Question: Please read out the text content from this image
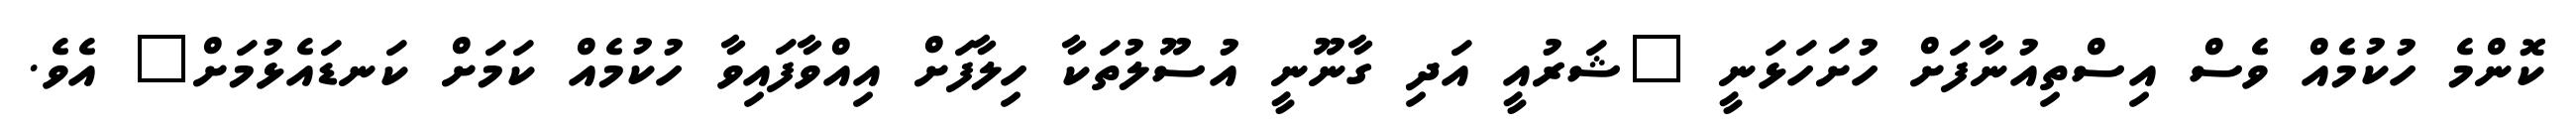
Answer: ކޮންމެ ހުކުމެއް ވެސް އިސްތިއުނާފަށް ހުށަހަޅަނީ "ޝަރުއީ އަދި ގާނޫނީ އުސޫލުތަކާ ހިލާފަށް އިއްވާފައިވާ ހުކުމެއް ކަމަށް ކަނޑައެޅުމަށް" އެވެ.